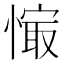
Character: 𰒉